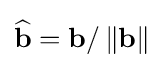
{\widehat {\mathbf {b} }}=\mathbf {b} /\left\|\mathbf {b} \right\|